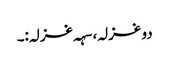
دو غزلہ، سہہ غزلہ:۔